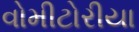
વોમીટોરીયા